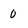
Character: 0